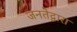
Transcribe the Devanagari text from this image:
जनतेद्वारा